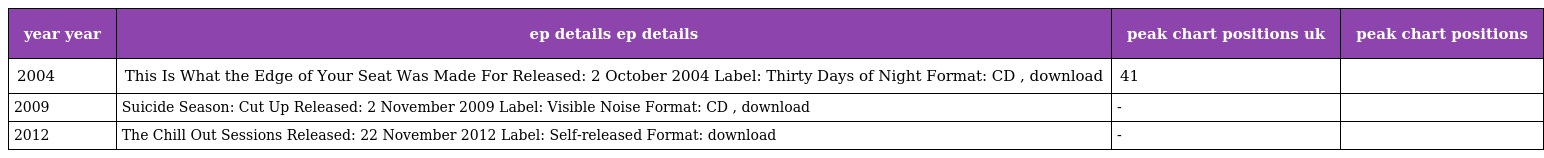
| year year | ep details ep details | peak chart positions uk | peak chart positions |
 | --- | --- | --- | --- |
 | 2004 | This Is What the Edge of Your Seat Was Made For Released: 2 October 2004 Label: Thirty Days of Night Format: CD , download | 41 |  |
 | 2009 | Suicide Season: Cut Up Released: 2 November 2009 Label: Visible Noise Format: CD , download | - |  |
 | 2012 | The Chill Out Sessions Released: 22 November 2012 Label: Self-released Format: download | - |  |